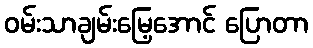
ဝမ်းသာချမ်းမြေ့အောင် ပြောတာ